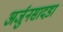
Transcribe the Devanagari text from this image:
अर्जुनसादडा